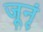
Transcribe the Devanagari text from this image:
जूनृं